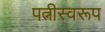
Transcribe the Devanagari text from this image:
पत्नीस्वरूप